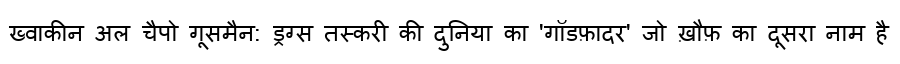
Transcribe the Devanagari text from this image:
ख्वाकीन अल चैपो गूसमैन: ड्रग्स तस्करी की दुनिया का 'गॉडफ़ादर' जो ख़ौफ़ का दूसरा नाम है